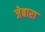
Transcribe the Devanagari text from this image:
जेबारा